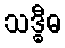
သဒ္ဓီဓ